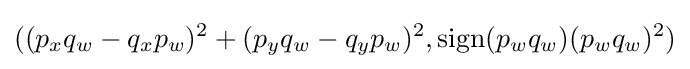
((p_{x}q_{w}-q_{x}p_{w})^{2}+(p_{y}q_{w}-q_{y}p_{w})^{2},\mathrm {sign} (p_{w}q_{w})(p_{w}q_{w})^{2})